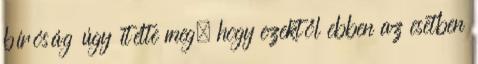
bíróság úgy ítélte meg, hogy ezektől ebben az esetben